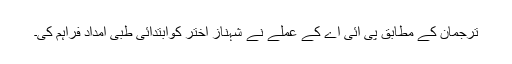
ترجمان کے مطابق پی آئی اے کے عملے نے شہناز اختر کوابتدائی طبی امداد فراہم کی۔